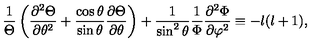
{ \frac { 1 } { \Theta } } \left( { \frac { \partial ^ { 2 } \Theta } { \partial \theta ^ { 2 } } } + { \frac { \cos \theta } { \sin \theta } } { \frac { \partial \Theta } { \partial \theta } } \right) + { \frac { 1 } { \sin ^ { 2 } \theta } } { \frac { 1 } { \Phi } } { \frac { \partial ^ { 2 } \Phi } { \partial \varphi ^ { 2 } } } \equiv - l ( l + 1 ) ,